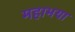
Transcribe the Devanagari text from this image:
महाभया